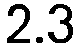
2.3